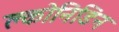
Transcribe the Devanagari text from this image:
क्लोनिडिन